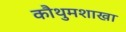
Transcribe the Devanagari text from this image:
कौथुमशाखा